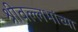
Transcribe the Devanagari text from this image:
श्रीवल्लभांच्या